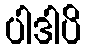
ပါဒါပိ